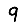
Digit: 9